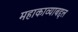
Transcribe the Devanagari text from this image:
महाकाव्याबद्दल